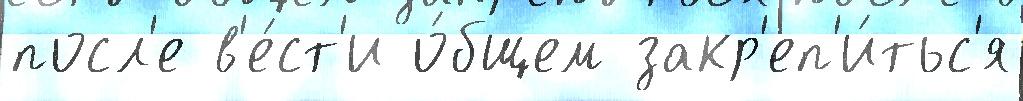
посл'е в'е́ст'и о́бщем закр'еп'и́тьс'я